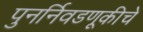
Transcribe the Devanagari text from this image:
पुनर्निवडणूकीचे